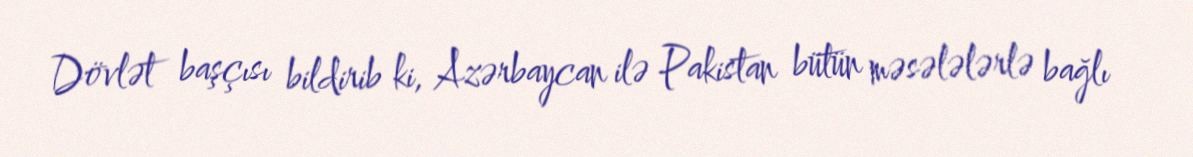
Dövlət başçısı bildirib ki, Azərbaycan ilə Pakistan bütün məsələlərlə bağlı